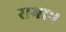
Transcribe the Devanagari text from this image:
सभाः।